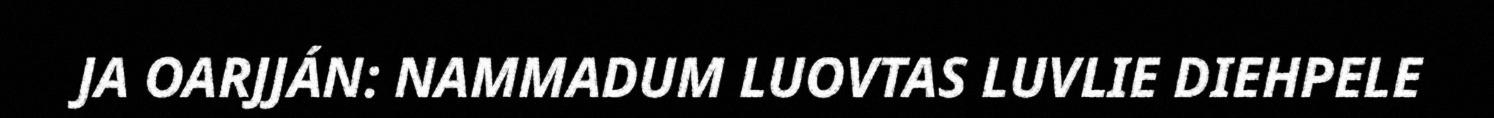
JA OARJJÁN: NAMMADUM LUOVTAS LUVLIE DIEHPELE